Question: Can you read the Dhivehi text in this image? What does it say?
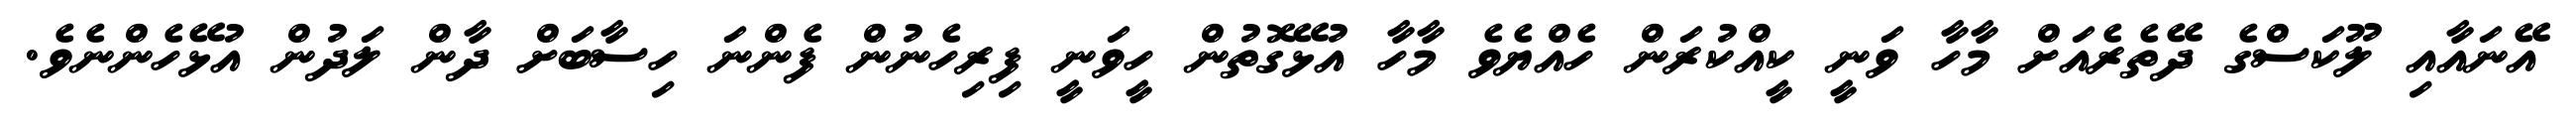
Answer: އޭނައާއި ލޫކަސްގެ ދޭތެރެއަށް މާހާ ވަނީ ކީއްކުރަން ހެއްޔެވެ މާހާ އުޅޭގޮތުން ހީވަނީ ފިރިހެނުން ފެންނަ ހިސާބަށް ދާން ލަދުން އުޅޭހެންނެވެ.